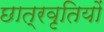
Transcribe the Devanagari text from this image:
छात्रवृतियों